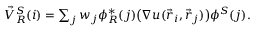
\begin{array} { r } { \vec { V } _ { R } ^ { S } ( i ) = \sum _ { j } w _ { j } \phi _ { R } ^ { * } ( j ) \big ( \nabla u ( \vec { r } _ { i } , \vec { r } _ { j } ) \big ) \phi ^ { S } ( j ) . } \end{array}